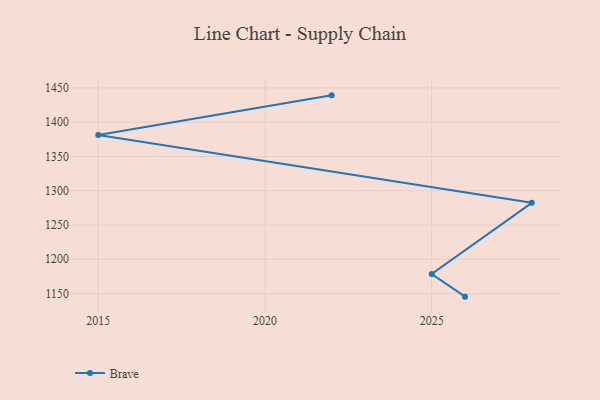
{"axis": {"x": "Year", "y": "LTV (USD)"}, "legend": ["Brave"], "data": [{"x": "2022", "y": 1439.2, "type": "Brave"}, {"x": "2015", "y": 1381.3, "type": "Brave"}, {"x": "2028", "y": 1282.3, "type": "Brave"}, {"x": "2025", "y": 1178.5, "type": "Brave"}, {"x": "2026", "y": 1145.4, "type": "Brave"}]}